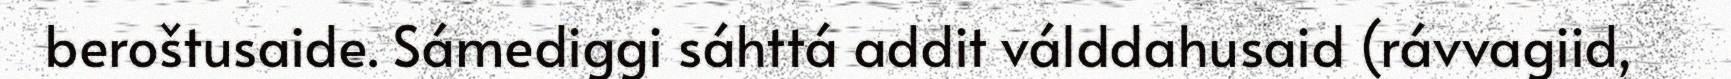
beroštusaide. Sámediggi sáhttá addit válddahusaid (rávvagiid,